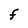
Character: F